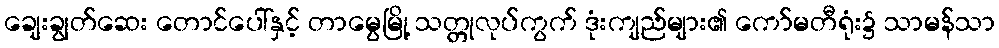
ချေးချွတ်ဆေး တောင်ပေါ်နှင့် တာမွေမြို့ သတ္တုလုပ်ကွက် ဒုံးကျည်များ၏ ကော်မတီရုံး၌ သာမန်သာ